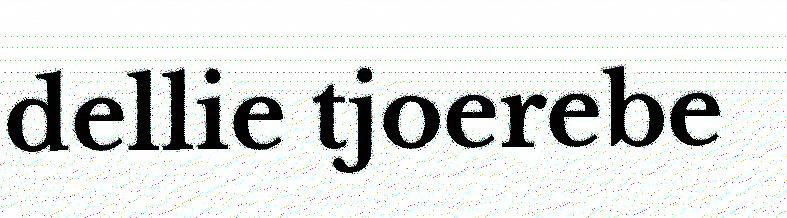
dellie tjoerebe